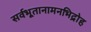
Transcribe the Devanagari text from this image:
सर्वभूतानामनभिद्रोह